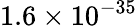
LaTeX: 1.6\times 10^{-35}